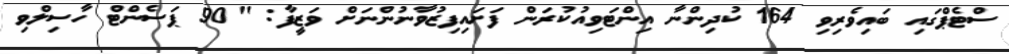
ސްޓެޕްގައި ބައިވެރިވި 164 ކުދިންނާ އިންޓަވިއުކުރަން ފަށައިފިޒުވާނުންނަށް ވަޒީފާ: "90 ޕަސެންޓް ހާސިލްވި